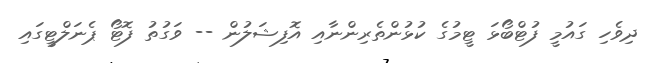
ދިވެހި ގައުމީ ފުޓްބޯޅަ ޓީމުގެ ކުޅުންތެރިންނާއި އޮފިޝަލުން -- ވަގުތު ފޮޓޯ ޕެނަލްޓީގައި